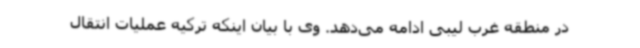
در منطقه غرب لیبی ادامه می‌دهد. وی با بیان اینکه ترکیه عملیات انتقال